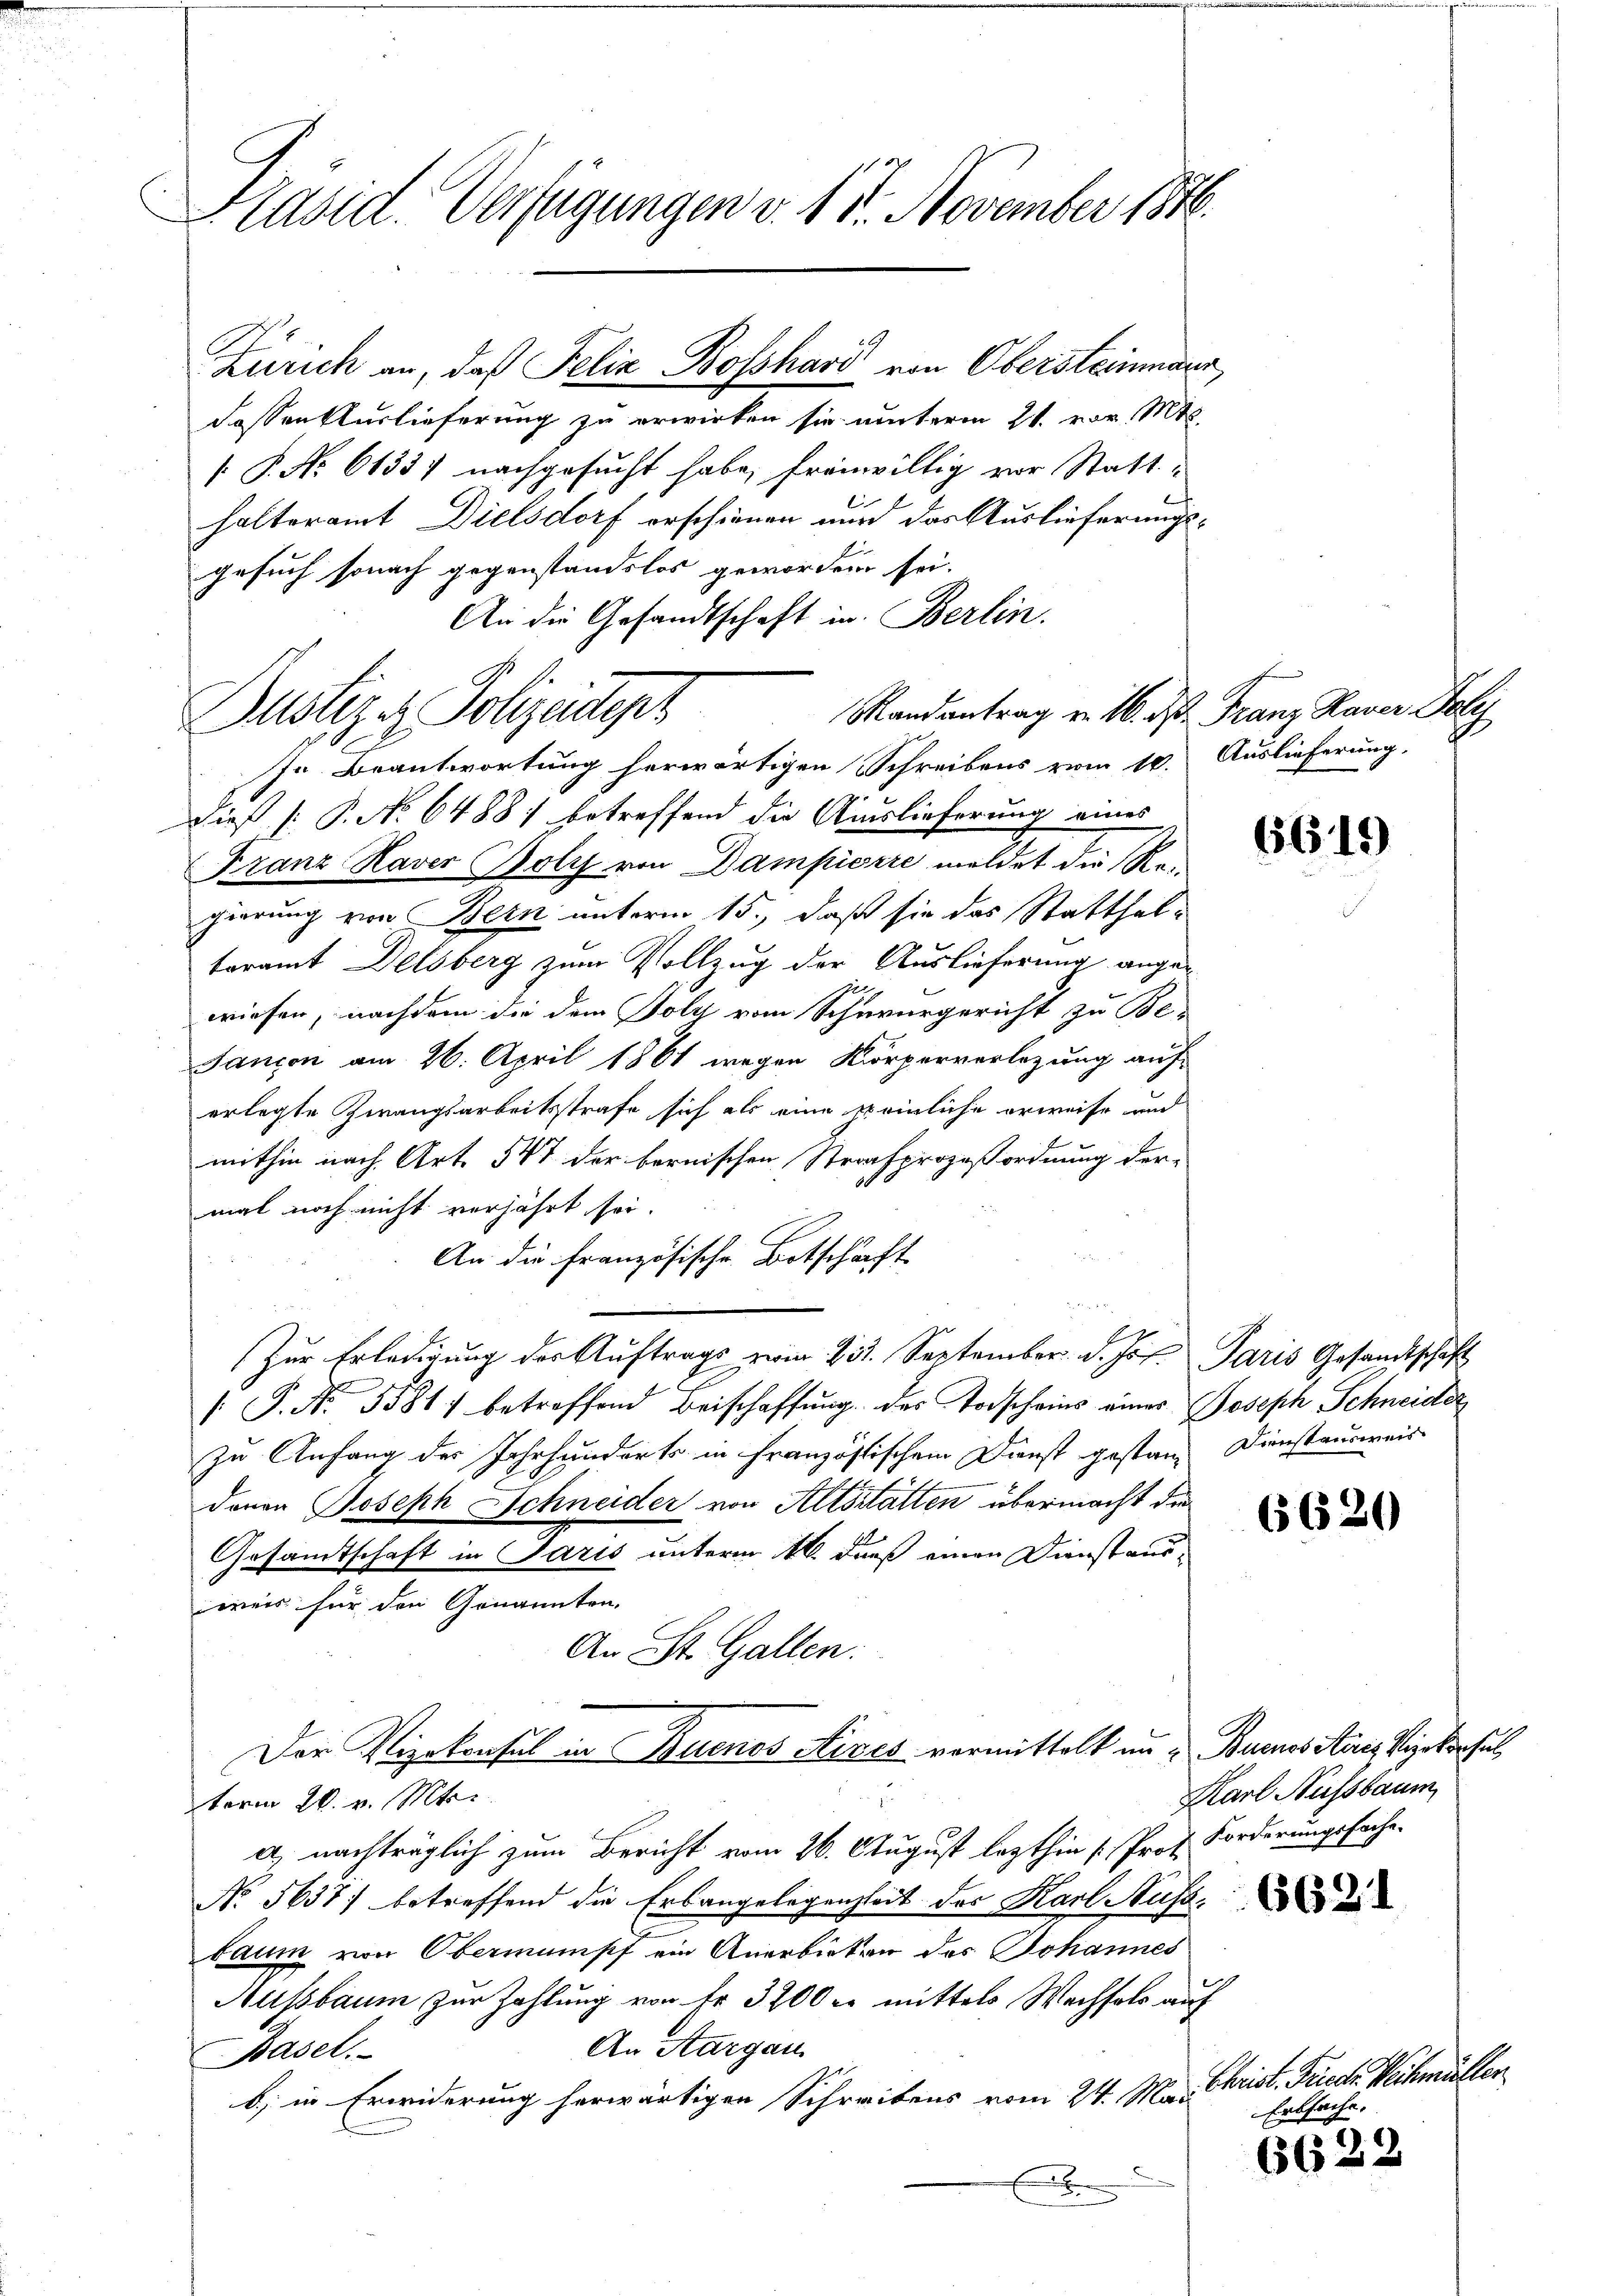
Präsid. Verfügungen v. 15. November 1846

Fassen Auslieferung zu erwirken sie unterm 21. vor. Mts.
[P. Nr. 6133) nachgesucht habe, freiwillig vor Statthalteramt Dielsdorf erschienen wird das Auslieferungs-
gesuch sonach gegenstandslos geworden sei.
An die Gesandtschaft in Berlin.
Randantrag von 16. ds. Franz Kaver Poly
In Beantwortung herwärtigen Schreibens vom 10. Auslieferung,
Dieß (: P. No 64881 betreffend die Auslieferung eines
Franz Haver Boly von Dampierre meldet die Regierung von Bern unterm 15., daß sie das Statthalteramt Delsberg zum Vollzug der Auslieferung angen
wiesen, nachdem die dem Poly vom Schwurgericht zu Be-
Sancon am 26. April 1861 wegen Körperverlegung auf-
erlegte Zwangsarbeitsstrafe sich als eine peinliche erweise and
mithin nach Art. 547 der bernischen Strafprozeßordnung der
mal noch nicht verjährt sei.
An die französische Botschaft
u
Zur Erledigung der Auftrags vom 23. September d. Jos. Paris Gesandtschaft
/. P. Nr. 5581) betreffend Beischaffŭng des Todscheins einer Joseph Schneider
zu Anfang des Jahrhunderts in Französtischem Dienst gestanz Dienstausweis
davon Joseph Schneider von Altstatten übermacht die
Gesandtschaft in Paris unterm 16. dieß einen Dienst ausweis für den Genannten.
An St. Gallen:
Der Vizekonsul in Buenos Aizes vormittelt in Buenos Aires Vizekonsul
z
term 26. v. Mts.
e nachträglich zum Bericht vom 26. August lezthin (Prof. Forderungsfache.
No. 5637) betreffend die Erbangelegenheit der Karl Susa
baum von Oberminsch ein Anerbieten des Johannes
Nussbaum zur Zahlung von Fr. 3200 c. mittels Wechsels auf
An Aargau
Basel.
b) in Erwiderung herwärtigen Schreibens vom 24. Mai

Justiz- & Polizeident

Zürich an, daß Felix Bosshard von Obersteinmann,

6619

6620

Karl Aussbaum

Christ. Frieder Wechmäle
Erbsache.

6622

.